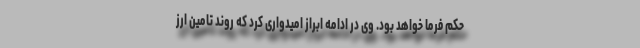
حکم فرما خواهد بود. وی در ادامه ابراز امیدواری کرد که روند تامین ارز